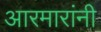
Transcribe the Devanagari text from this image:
आरमारांनी